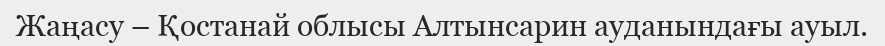
Жаңасу – Қостанай облысы Алтынсарин ауданындағы ауыл.